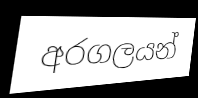
අරගලයන්